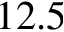
1 2 . 5